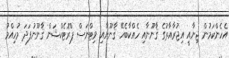
އެހެންކަމުން ޖިނާއީ އިޖުރާއާތުގެ ޤާނޫނާއި ހެއްކާބެހޭ ޤާނޫނާއި ވިޓްނަސް ޕްރޮޓެކްޝަން ޤާނޫނުފަދަ މުހިއްމު